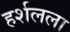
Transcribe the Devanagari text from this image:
हर्शलला